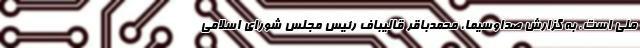
ملی است. به گزارش صداوسیما، محمدباقر قالیباف رئیس مجلس شورای اسلامی